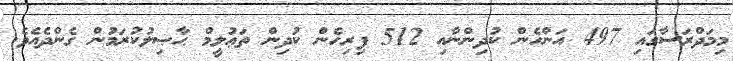
މިމަދްރަސާގައި 497 އަންހެން ކުދިންނާއި 512 ފިރިހެން ކުދިން ތަޢުލީމް ޙާޞިލުކުރަމުން ގެންދެއެވެ.